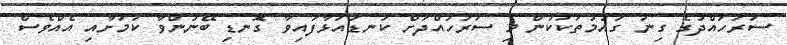
ސަރަހައްދުގެ ގިނަ ގައުމުތަކަކުން މި ސަރަހައްދަށް ކަނޑައަޅާފައިވާ ގޮނޑި ބޭނުންވާ ކަމަށާއި އެއްވެސް